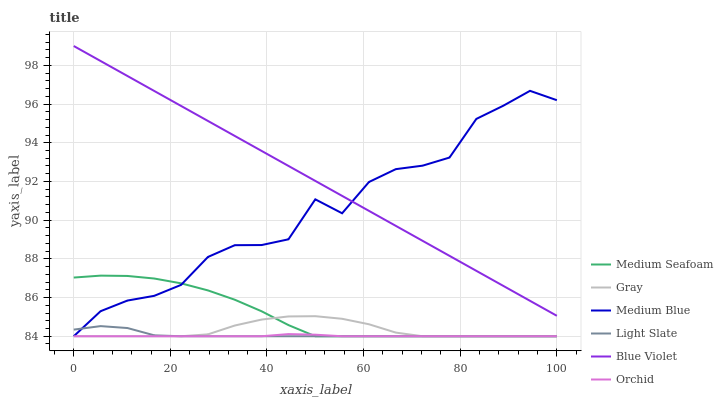
| xaxis_label | Medium Seafoam | Gray | Medium Blue | Light Slate | Blue Violet | Orchid |
 | --- | --- | --- | --- | --- | --- | --- |
 | 0 | 87 | 84 | 84 | 84.3 | 99 | 84 |
 | 5.56 | 87.1 | 84 | 85.3 | 84.5 | 98.2 | 84 |
 | 11.1 | 87.1 | 84 | 85.8 | 84.4 | 97.5 | 84 |
 | 16.7 | 87 | 84 | 86.1 | 84 | 96.7 | 84 |
 | 22.2 | 86.7 | 84 | 86.7 | 84 | 95.9 | 84 |
 | 27.8 | 86.4 | 84.1 | 88.1 | 84 | 95.1 | 84 |
 | 33.3 | 85.9 | 84.6 | 88.7 | 84 | 94.4 | 84 |
 | 38.9 | 85.3 | 84.9 | 88.7 | 84 | 93.6 | 84 |
 | 44.4 | 84.6 | 85 | 89 | 84 | 92.8 | 84.1 |
 | 50 | 84 | 85 | 91.1 | 84 | 92 | 84.1 |
 | 55.6 | 84 | 84.9 | 90.4 | 84 | 91.3 | 84 |
 | 61.1 | 84 | 84.6 | 92 | 84 | 90.5 | 84 |
 | 66.7 | 84 | 84.2 | 92.6 | 84 | 89.7 | 84 |
 | 72.2 | 84 | 84 | 92.8 | 84 | 88.9 | 84 |
 | 77.8 | 84 | 84 | 93.2 | 84 | 88.2 | 84 |
 | 83.3 | 84 | 84 | 95.2 | 84 | 87.4 | 84 |
 | 88.9 | 84 | 84 | 95.9 | 84 | 86.6 | 84 |
 | 94.4 | 84 | 84 | 96.7 | 84 | 85.8 | 84 |
 | 100 | 84 | 84 | 96.2 | 84 | 85.1 | 84 |